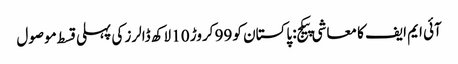
آئی ایم ایف کا معاشی پیکج: پاکستان کو 99 کروڑ 10 لاکھ ڈالرز کی پہلی قسط موصول